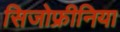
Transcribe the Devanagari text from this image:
सिजोफ्रीनिया